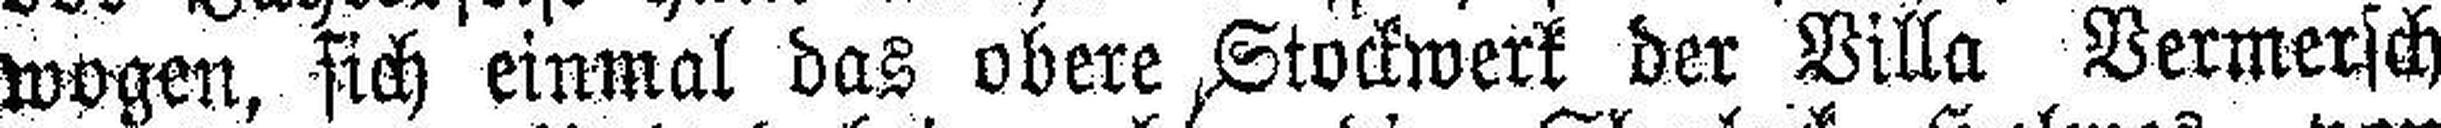
wogen, sich einmal das obere Stockwerk der Villa Vermersch